Report of the Municipal Commissioner on the plague in Bombay for the year ending 31st May... - Volume 3
Disease focus: Plague
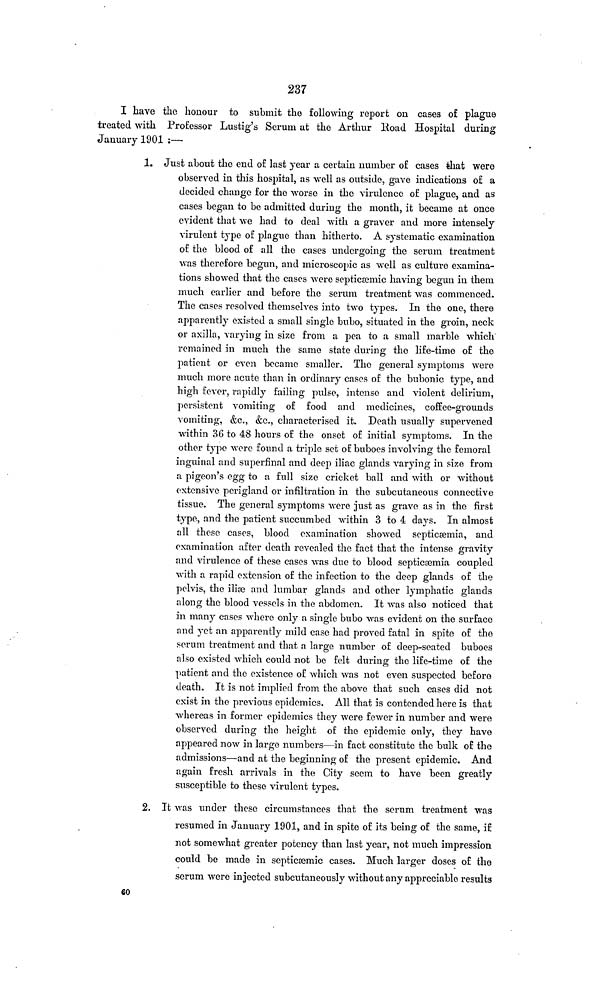
237
I have the honour to submit the following report on cases o£ plague
treated with Professor Lustig's Serum at the Arthur Road Hospital during
January 1901 :—
1. Just about the end of last year a certain number of cases that were
observed in this hospital, as well as outside, gave indications of a
decided change for the worse in the virulence of plague, and as
cases began to be admitted during the month, it became at once
evident that we had to deal with a graver and more intensely
virulent type of plague than hitherto. A systematic examination
of the blood of all the cases undergoing the serum treatment
was therefore begun, and microscopic as well as culture examina-
tions showed that the cases were septicæmic having begun in them
much earlier and before the serum treatment was commenced.
The cases resolved themselves into two types. In the one, there
apparently existed a small single bubo, situated in the groin, neck
or axilla, varying in size from a pea to a small marble which
remained in much the same state during the life-time of the
patient or even became smaller. The general symptoms were
much more acute than in ordinary cases of the bubonic type, and
high fever, rapidly failing pulse, intense and violent delirium,
persistent vomiting of food and medicines, coffee-grounds
vomiting, &c., &c., characterised it. Death usually supervened
within 36 to 48 hours of the onset of initial symptoms. In the
other type were found a triple set of buboes involving the femoral
inguinal and superfinal and deep iliac glands varying in size from
a pigeon's egg to a full size cricket ball and with or without
extensive perigland or infiltration in the subcutaneous connective
tissue. The general symptoms were just as grave as in the first
type, and the patient succumbed within 3 to 4 days. In almost
all these cases, blood examination showed septicæmia, and
examination after death revealed the fact that the intense gravity
and virulence of these cases was due to blood septicæmia coupled
with a rapid extension of the infection to the deep glands of the
pelvis, the ilia3 and lumbar glands and other lymphatic glands
along the blood vessels in the abdomen. It was also noticed that
in many cases where only a single bubo was evident on the surface
and yet an apparently mild case had proved fatal in spite of the
serum treatment and that a large number of deep-seated buboes
also existed which could not be felt during the life-time of the
patient and the existence of which was not even suspected before
death. It is not implied from the above that such cases did not
exist in the previous epidemics. All that is contended here is that
whereas in former epidemics they were fewer in number and were
observed during the height of the epidemic only, they have
appeared now in large numbers—in fact constitute the bulk of the
admissions—and at the beginning of the present epidemic. And
again fresh arrivals in the City seem to have been greatly
susceptible to these virulent types.
2. It was under these circumstances that the serum treatment was
resumed in January 1901, and in spite of its being of the same, if
not somewhat greater potency than last year, not much impression
could be made in septicæmic cases. Much larger doses of the
serum were injected subcutaneously without any appreciable results
60